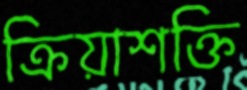
ক্রিয়াশক্তি